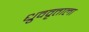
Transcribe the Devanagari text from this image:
ध्रुववृत्ताला